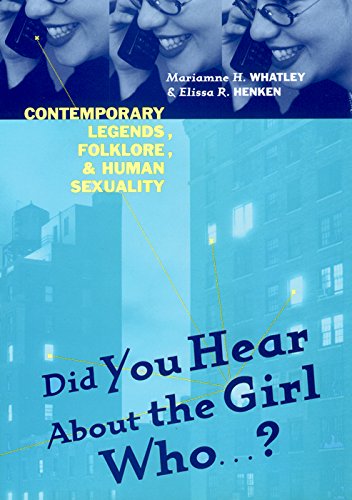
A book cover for Did You Hear About The Girl Who . . . ?: Contemporary Legends, Folklore, and Human Sexuality; Marianne H. Whatley; Humor & Entertainment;